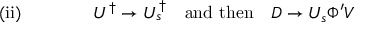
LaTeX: \mathrm { ( i i ) } \quad \quad \quad \quad U ^ { \dagger } \rightarrow U _ { s } ^ { \dagger } \quad \mathrm { a n d ~ t h e n } \quad D \rightarrow U _ { s } \Phi ^ { \prime } V \;